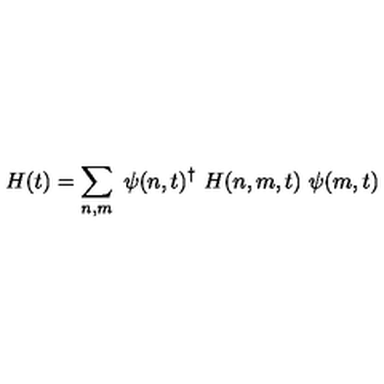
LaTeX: H ( t ) = \sum _ { n , m } \ \psi ( n , t ) ^ { \dagger } \ H ( n , m , t ) \ \psi ( m , t )